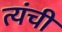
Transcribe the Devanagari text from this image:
त्यंची